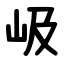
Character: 岋